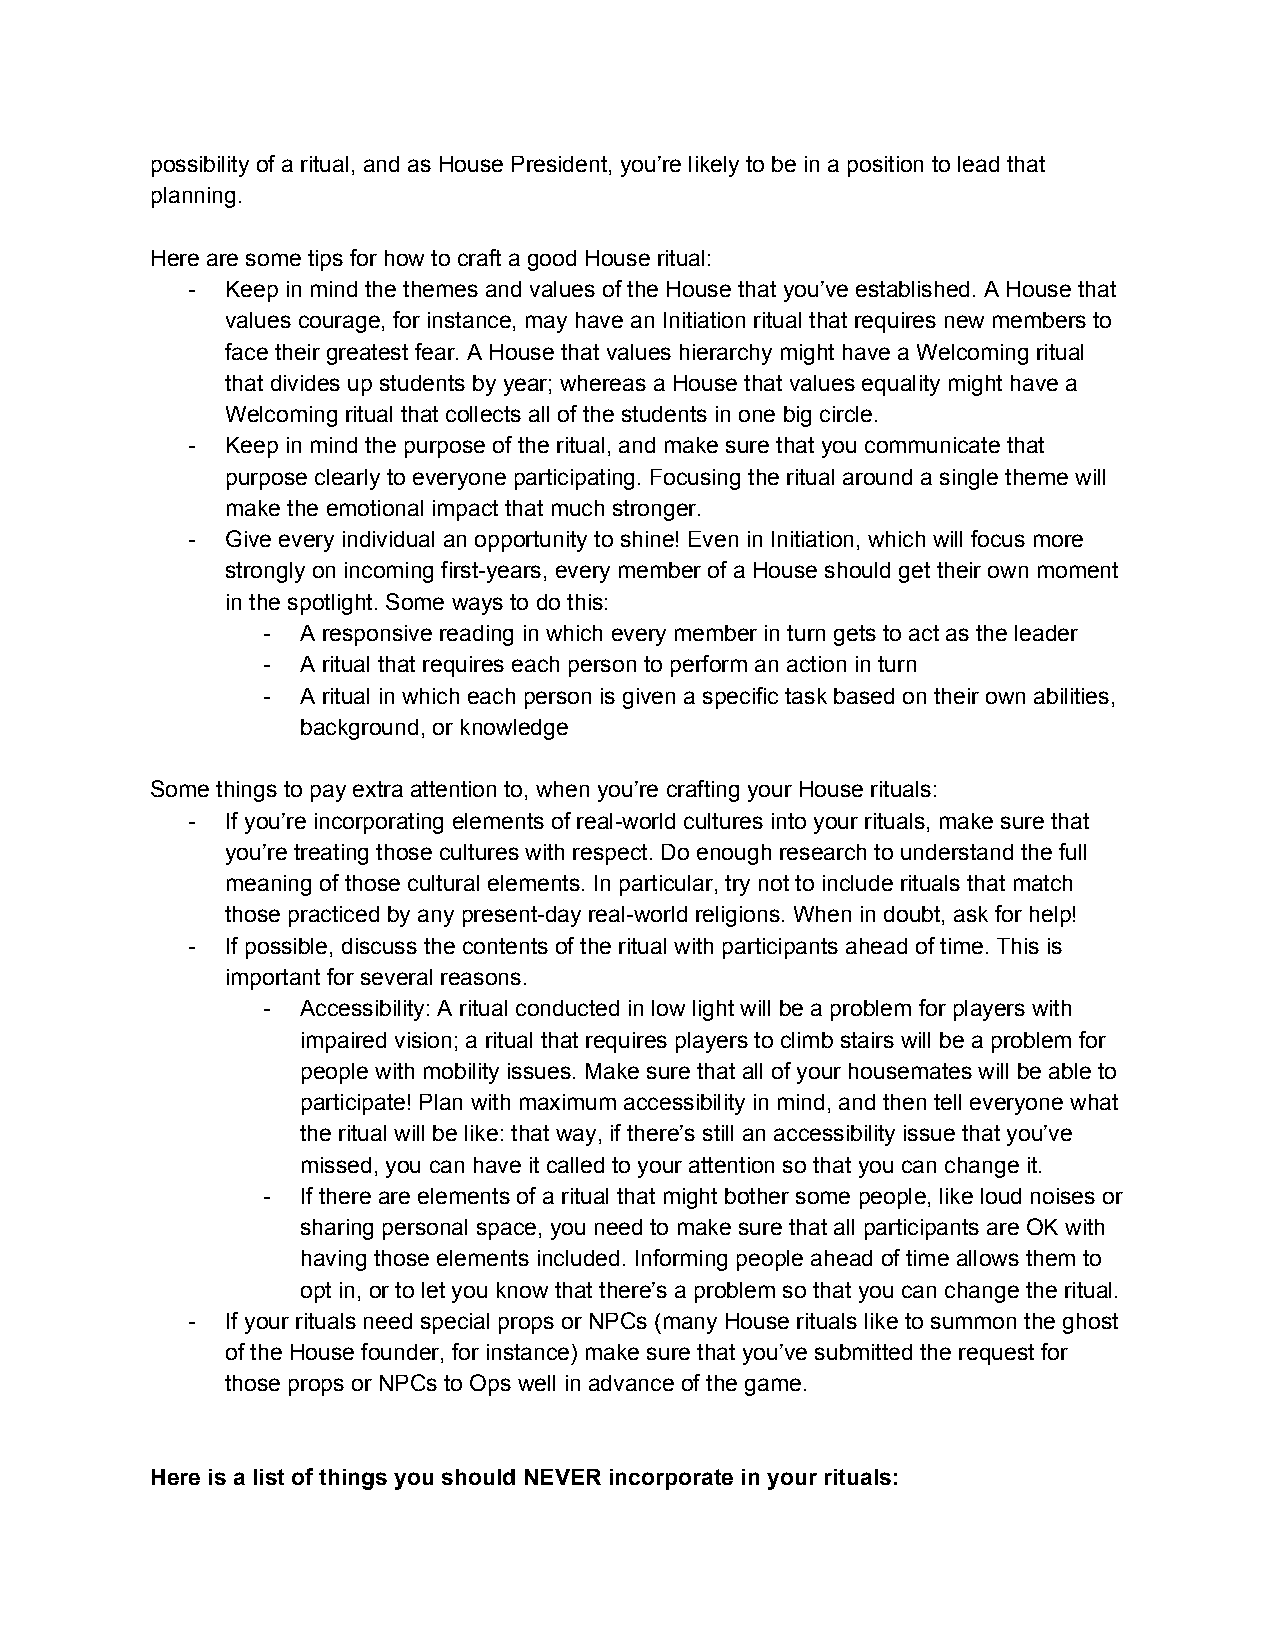
possibility of a ritual, and as House President, you’re likely to be in a position to lead that
 planning.
 Here are some tips for how to craft a good House ritual:
 -  Keep in mind the themes and values of the House that you’ve established. A House that
 values courage, for instance, may have an Initiation ritual that requires new members to
 face their greatest fear. A House that values hierarchy might have a Welcoming ritual
 that divides up students by year; whereas a House that values equality might have a
 Welcoming ritual that collects all of the students in one big circle.
 -  Keep in mind the purpose of the ritual, and make sure that you communicate that
 purpose clearly to everyone participating. Focusing the ritual around a single theme will
 make the emotional impact that much stronger.
 -  Give every individual an opportunity to shine! Even in Initiation, which will focus more
 strongly on incoming first-years, every member of a House should get their own moment
 in the spotlight. Some ways to do this:
 -  A responsive reading in which every member in turn gets to act as the leader
 -  A ritual that requires each person to perform an action in turn
 -  A ritual in which each person is given a specific task based on their own abilities,
 background, or knowledge
 Some things to pay extra attention to, when you’re crafting your House rituals:
 -  If you’re incorporating elements of real-world cultures into your rituals, make sure that
 you’re treating those cultures with respect. Do enough research to understand the full
 meaning of those cultural elements. In particular, try not to include rituals that match
 those practiced by any present-day real-world religions. When in doubt, ask for help!
 -  If possible, discuss the contents of the ritual with participants ahead of time. This is
 important for several reasons.
 -  Accessibility: A ritual conducted in low light will be a problem for players with
 impaired vision; a ritual that requires players to climb stairs will be a problem for
 people with mobility issues. Make sure that all of your housemates will be able to
 participate! Plan with maximum accessibility in mind, and then tell everyone what
 the ritual will be like: that way, if there’s still an accessibility issue that you’ve
 missed, you can have it called to your attention so that you can change it.
 -  If there are elements of a ritual that might bother some people, like loud noises or
 sharing personal space, you need to make sure that all participants are OK with
 having those elements included. Informing people ahead of time allows them to
 opt in, or to let you know that there’s a problem so that you can change the ritual.
 -  If your rituals need special props or NPCs (many House rituals like to summon the ghost
 of the House founder, for instance) make sure that you’ve submitted the request for
 those props or NPCs to Ops well in advance of the game.
 Here is a list of things you should NEVER incorporate in your rituals: